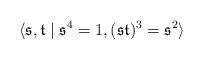
LaTeX: \begin{align*} \langle \mathfrak{s},\mathfrak{t}\mid \mathfrak{s}^4=1,(\mathfrak{s}\mathfrak{t})^3=\mathfrak{s}^2\rangle\end{align*}